Vaccination Hyderabad 1890-1903 - 1890-1903
Year: 1890
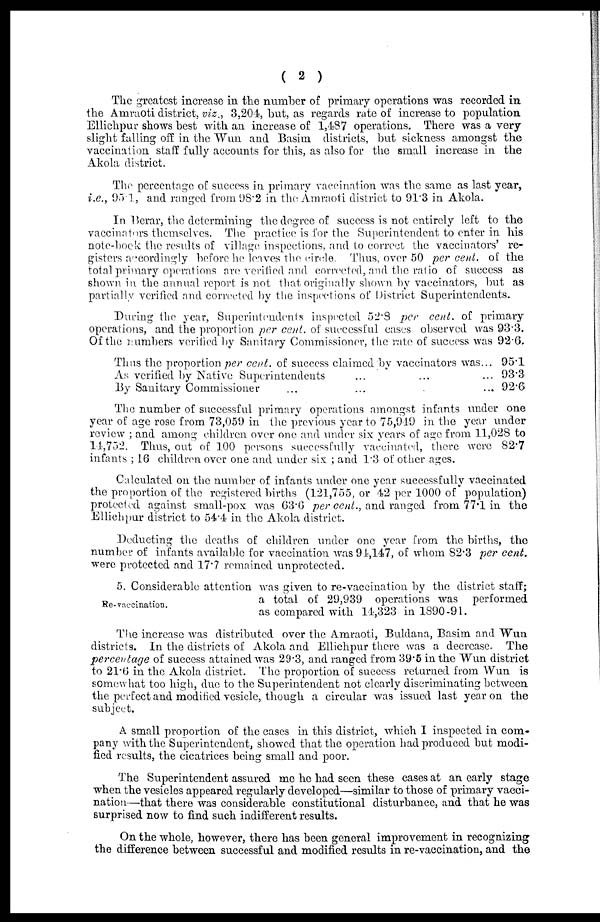
( 2 )
The greatest increase in the number of primary operations was recorded in
the Amraoti district, viz., 3,204, but, as regards rate of increase to population
Ellichpur shows best with an increase of 1,487 operations. There was a very
slight falling off in the Wun and Basim districts, but sickness amongst the
vaccination staff fully accounts for this, as also for the small increase in the
Akola district.
The percentage of success in primary vaccination was the same as last year,
i.e., 95.1, and ranged from 98.2 in the Amraoti district to 91.3 in Akola.
In Berar, the determining the degree of success is not entirely left to the
vaccinators themselves. The practice is for the Superintendent to enter in his
note-book the results of village inspections, and to correct the vaccinators' re-
gisters accordingly before he leaves the circle. Thus, over 50 per cent. of the
total primary operations are verified and corrected, and the ratio of success as
shown in the annual report is not that originally shown by vaccinators, but as
partially verified and corrected by the inspections of District Superintendents.
During the year, Superintendents inspected 52.8 per cent, of primary
operations, and the proportion per cent. of successful cases observed was 93.3.
Of the numbers verified by Sanitary Commissioner, the rate of success was 92.6.
Thus the proportion per cent, of success claimed by vaccinators was...
As verified by Native Superintendents ... ... ...
By Sanitary Commissioner ... ... ... ...
95.1
93.3
92.6
The number of successful primary operations amongst infants under one
year of age rose from 73,059 in the previous year to 75,949 in the year under
review ; and among children over one and under six years of age from 11,028 to
14,752. Thus, out of 100 persons successfully vaccinated, there were 82.7
infants ; 16 children over one and under six ; and 1.3 of other ages.
Calculated on the number of infants under one year successfully vaccinated
the proportion of the registered births (121,755, or 42 per 1000 of population)
protected against small-pox was 63.6 per cent., and ranged from 77.1 in the
Ellichpur district to 54.4 in the Akola district.
Deducting the deaths of children under one year from the births, the
number of infants available for vaccination was 94,147, of whom 82.3 per cent.
were protected and 17.7 remained unprotected.
Re-vaccination.
5. Considerable attention was given to re-vaccination by the district staff;
a total of 29,939 operations was performed
as compared with 14,323 in 1890-91.
The increase was distributed over the Amraoti, Buldana, Basim and Wun
districts. In the districts of Akola and Ellichpur there was a decrease. The
percentage of success attained was 29.3, and ranged from 39.5 in the Wun district
to 21.6 in the Akola district. The proportion of success returned from Wun is
somewhat too high, due to the Superintendent not clearly discriminating between
the perfect and modified vesicle, though a circular was issued last year on the
subject.
A small proportion of the cases in this district, which I inspected in com-
pany with the Superintendent, showed that the operation had produced but modi-
fied results, the cicatrices being small and poor.
The Superintendent assured me he had seen these cases at an early stage
when the vesicles appeared regularly developed—similar to those of primary vacci-
nation—that there was considerable constitutional disturbance, and that he was
surprised now to find such indifferent results.
On the whole, however, there has been general improvement in recognizing
the difference between successful and modified results in re-vaccination, and the